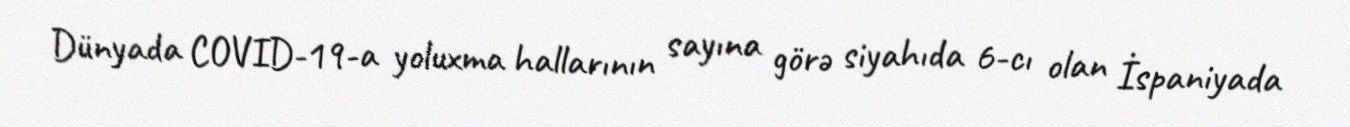
Dünyada COVID-19-a yoluxma hallarının sayına görə siyahıda 6-cı olan İspaniyada